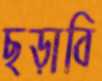
ছড়াবি